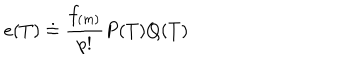
e ( T ) \doteq \frac { f _ { ( m ) } } { p ! } P ( T ) Q ( T )